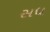
સધ